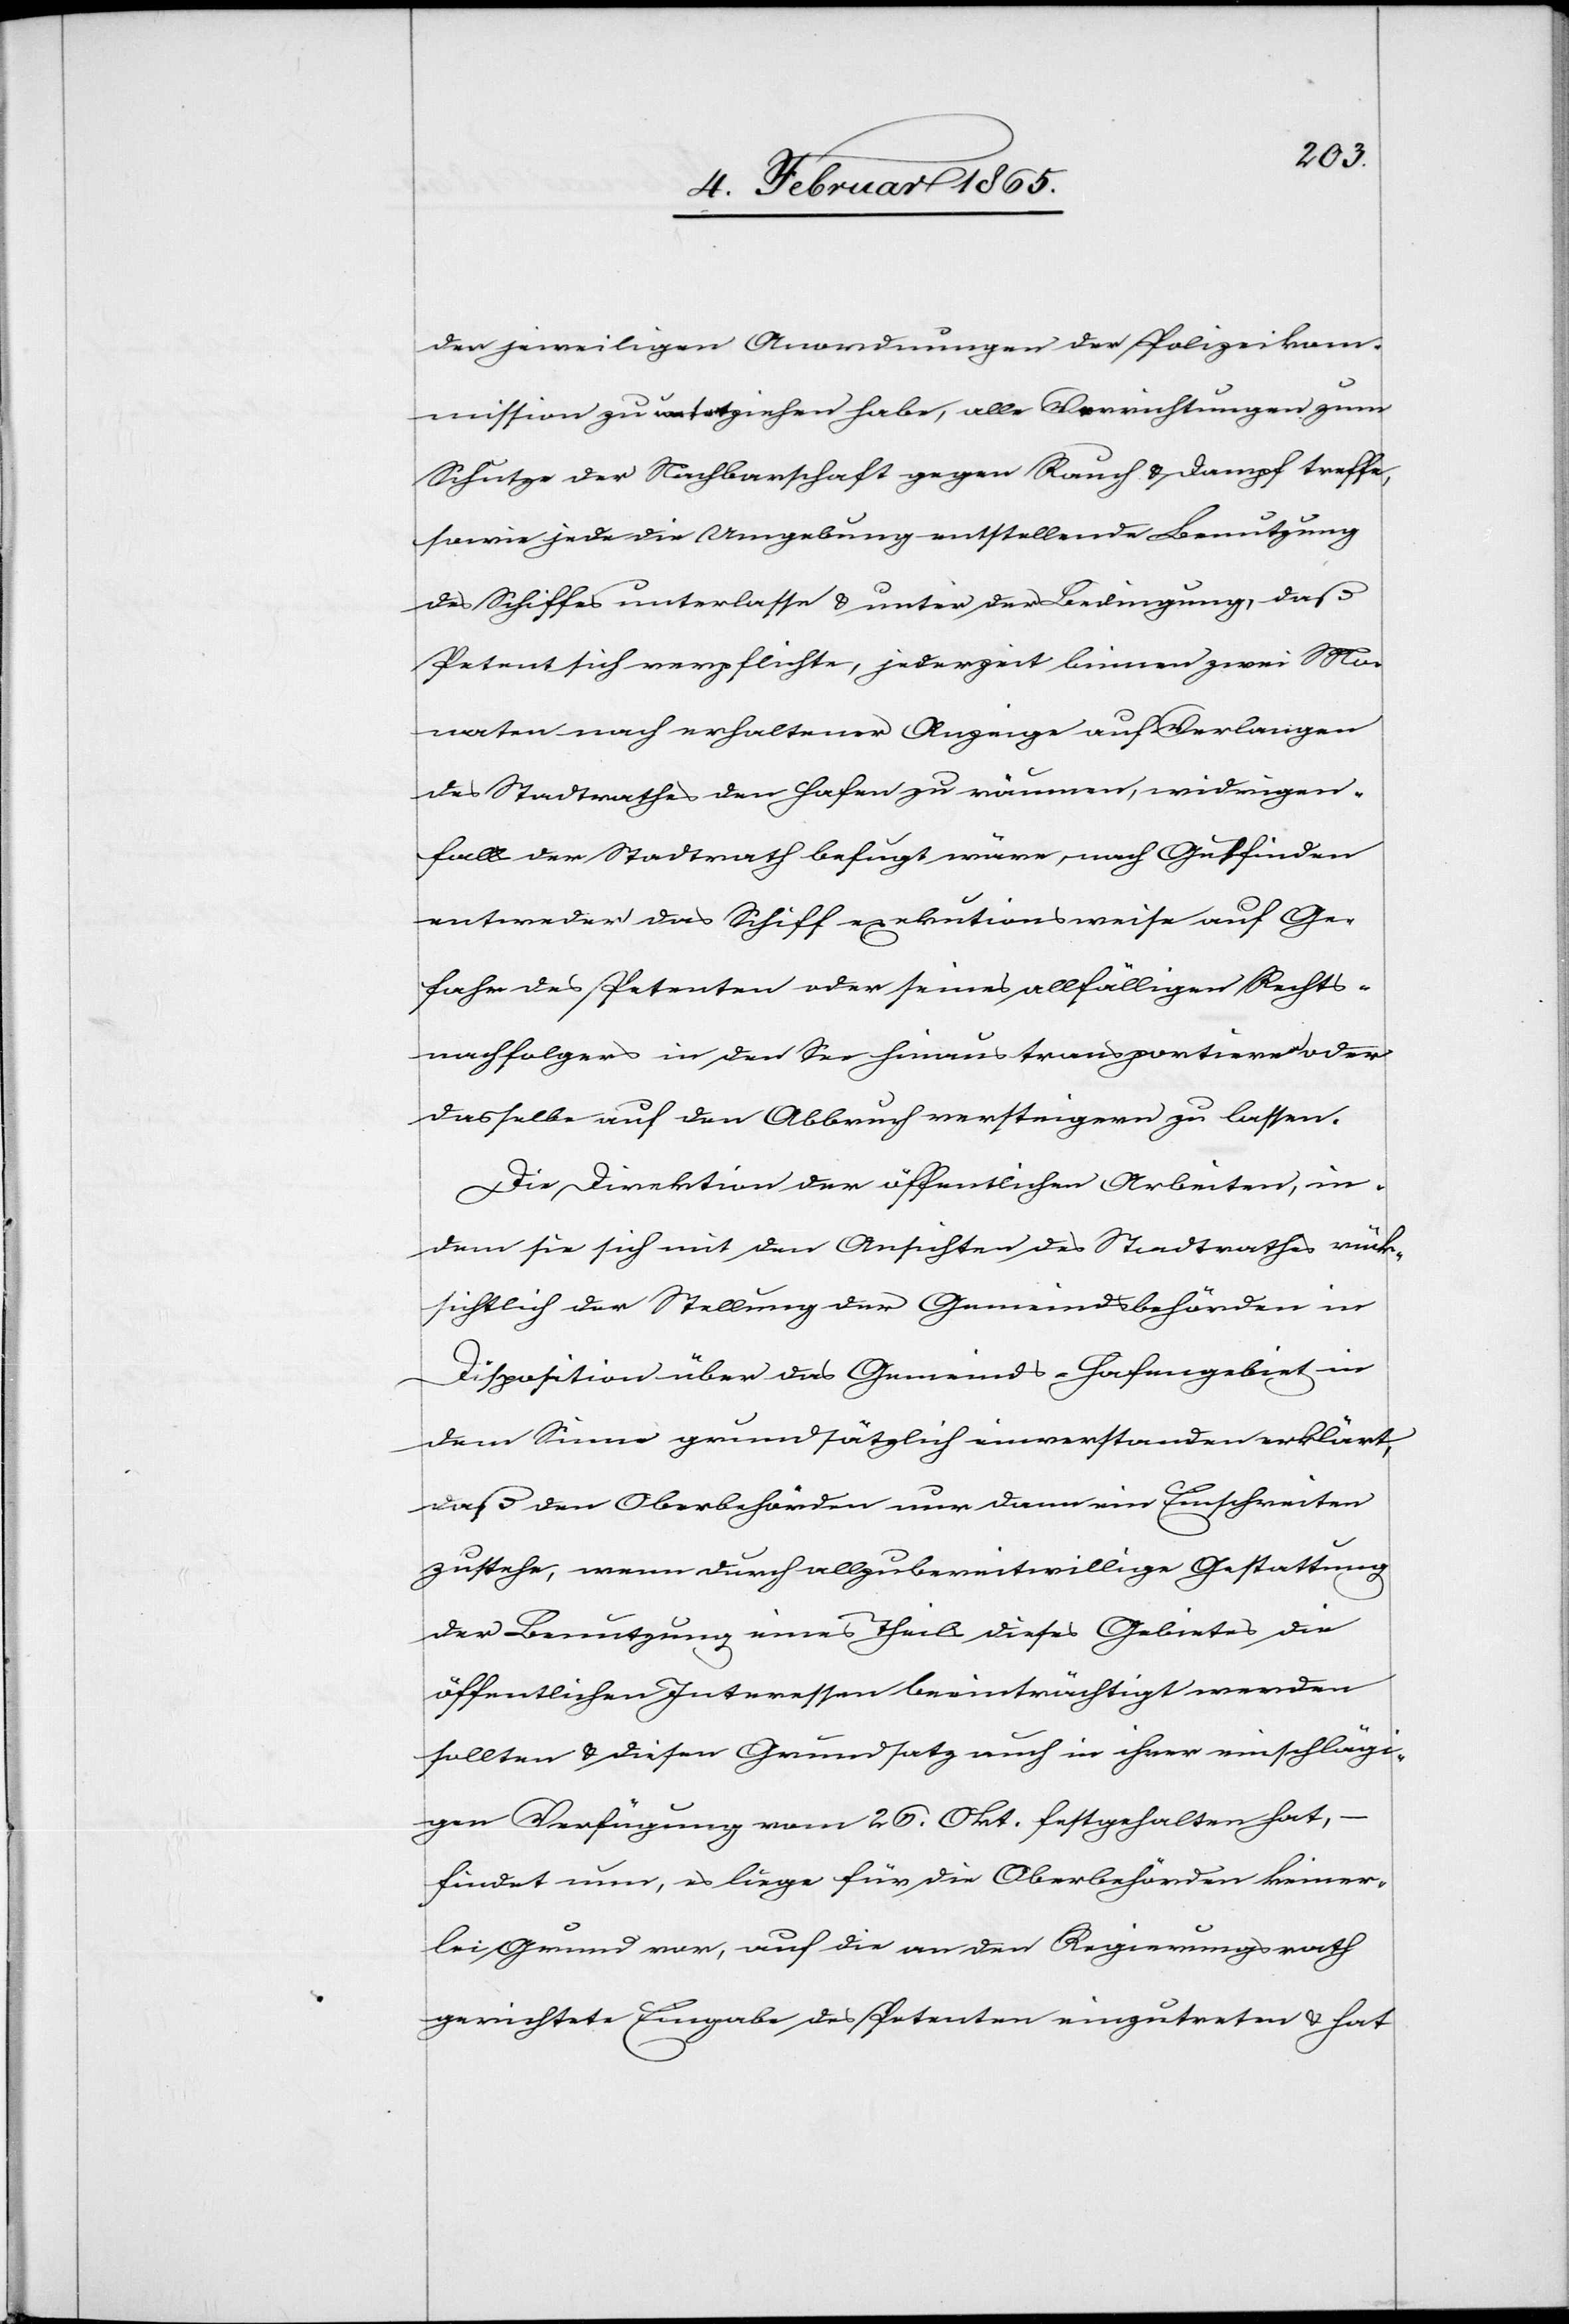
der jeweiligen Anordnungen der Polizeikom¬
mission zu unterziehen habe, alle Verrichtungen zum
Schutze der Nachbarschaft gegen Rauch u. dampf treffe,
sowie jede die Umgebung entstellende Benutzung
des Schiffes unterlasse u. unter der Bedingung, daß
Petent sich verpflichte, jederzeit binnen zwei Mon¬
aten nach erhaltener Anzeige auf Verlangen
des Stadtrathes den Hafen zu räumen, widrigen¬
falls der Stadtrath befugt wäre, nach Gutfinden
entweder das Schiff exekutionsweise auf Ge¬
fahr des Petenten oder seines allfälligen Rechts¬
nachfolgers in den See hinaus transportieren oder
dasselbe auf den Abbruch versteigern zu lassen.
Die Direktion der öffentlichen Arbeiten, in¬
dem sie sich mit den Ansichten des Stadtrathes rück¬
sichtlich der Stellung der Gemeindsbehörden in
Disposition über das Gemeinds-Hafengebiet in
dem Sinne grundsätzlich einverstanden erklärt,
daß den Oberbehörden nur dann ein Einschreiten
zustehe, wenn durch allzubereitwillige Gestattung
der Benutzung eines Theils dieses Gebietes die
öffentlichen Interessen beeinträchtigt werden
sollten u. diesen Grundsatz auch in ihrer einschlägi¬
gen Verfügung vom 26. Okt. festgehalten hat,
findet nun, es läge für die Oberbehörden keiner¬
lei Grund vor, auf die an den Regierungsrath
gerichtete Eingabe des Petenten einzutreten u. hat